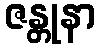
ဇန္တုနာ